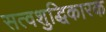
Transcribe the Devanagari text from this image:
सत्वशुद्धिकारक